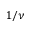
1 / \nu